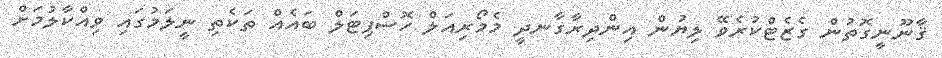
ޤާނޫނީގޮތުން ގެޒެޓްކުރެވޭ ލިޔުން އިންދިރާގާނދީ މެމޯރިއަލް ހޮސްޕިޓަލް ބައެއް ތަކެތި ނީލަމުގައި ވިއްކާލުމަށް